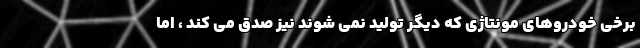
برخی خودروهای مونتاژی که دیگر تولید نمی شوند نیز صدق می کند ، اما